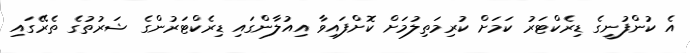
އެ ކުންފުނީގެ ޑިރެކްޓަރު ކަމަށް ކުރިމަތިލުމަށް ކޮށްފައިވާ އިއުލާންގައި ޑިރެކްޓަރުންގެ ޝަރުތުގެ ތެރޭގައި